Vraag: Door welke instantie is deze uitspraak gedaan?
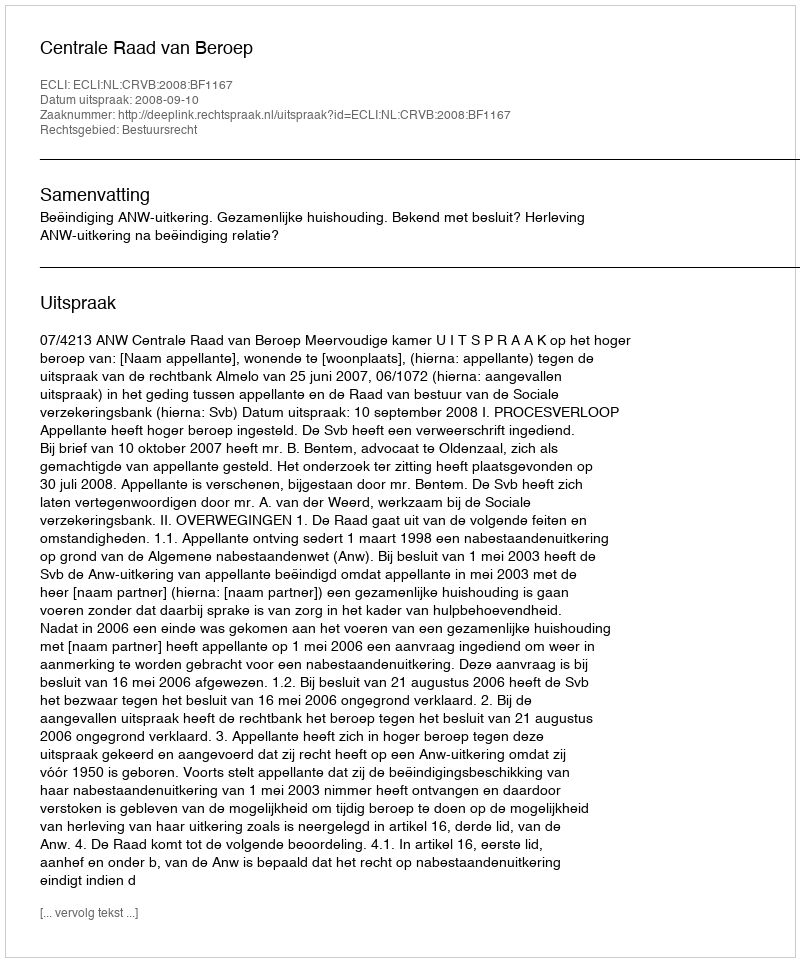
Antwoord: Centrale Raad van Beroep